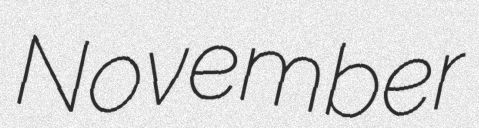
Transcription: November